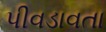
પીવડાવતા